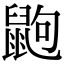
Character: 鼩